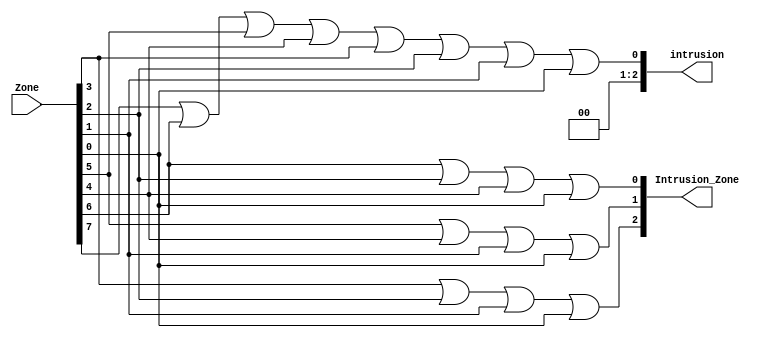
// listing all inputs and outputs, by convention outputs go first


module p4(Intrusion_Zone, intrusion, Zone);
	
	output[2:0] Intrusion_Zone, intrusion; // telling the compiler which lines are inputs and outputs
	input[1:8] Zone;

	//the intrusion logic
	assign Intrusion_Zone[2] = Zone[5] | Zone[6] | Zone[7] | Zone[8];
	assign Intrusion_Zone[1] = Zone[3] | Zone[4] | Zone[7] | Zone[8];
	assign Intrusion_Zone[0] = Zone[2] | Zone[6] | Zone[4] | Zone[8];
	assign intrusion = Zone[1] | Zone[2] | Zone[3] | Zone[4] | Zone[5] | Zone[6] | Zone[7] | Zone[8];

endmodule